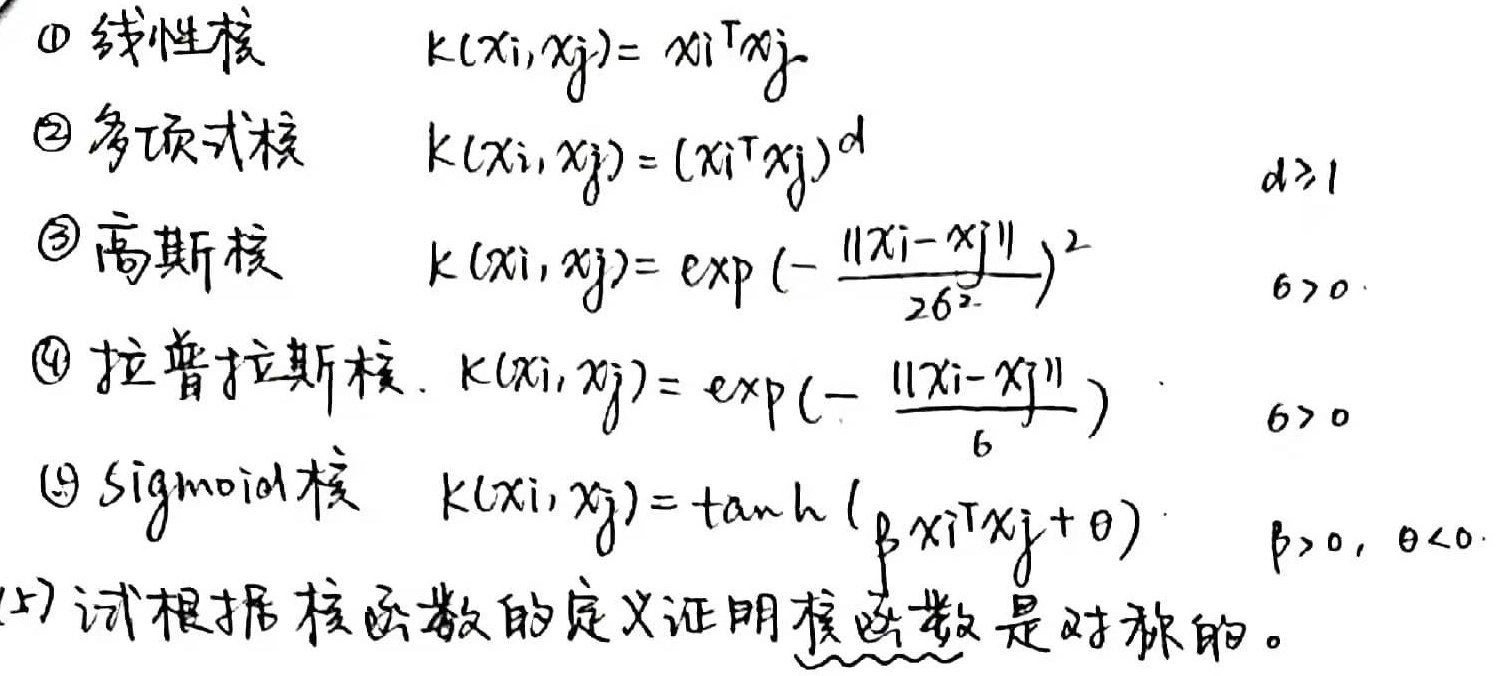
\textcircled{1} 线性核 \(k(x_i,x_j)=x_i^Tx_j\)。
\textcircled{2} 多项式核 \(k(x_i,x_j)=(x_i^Tx_j)^d\)，其中 \(d\geq1\)。
\textcircled{3} 高斯核 \(k(x_i,x_j)=\exp\left(-\frac{\|x_i - x_j\|^2}{2\sigma^2}\right)\)，其中 \(\sigma>0\)。
\textcircled{4} 拉普拉斯核 \(k(x_i,x_j)=\exp\left(-\frac{\|x_i - x_j\|}{\sigma}\right)\)，其中 \(\sigma>0\)。
\textcircled{5} Sigmoid 核 \(k(x_i,x_j)=\tanh(\beta x_i^Tx_j+\theta)\)，其中 \(\beta>0,\theta<0\)。

(7) 试根据核函数的定义证明核函数是对称的。